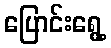
ပြောင်းရွေ့